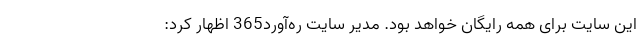
این سایت برای همه رایگان خواهد بود. مدیر سایت ره­آورد365 اظهار کرد: